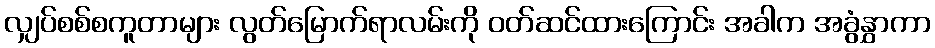
လျှပ်စစ်စကူတာများ လွတ်မြောက်ရာလမ်းကို ၀တ်ဆင်ထားကြောင်း အခါက အခွံနွှာကာ